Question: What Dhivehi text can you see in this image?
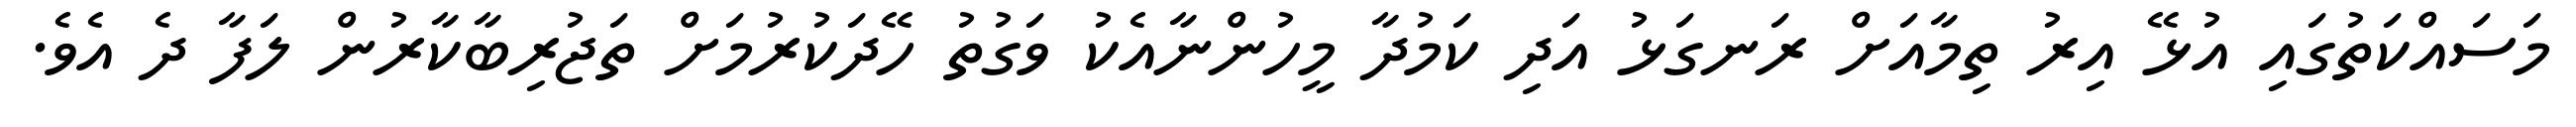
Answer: މަސައްކަތުގައި އުޅޭ އިރު ތިމާއަށް ރަނގަޅު އަދި ކަމުދާ މީހުންނާއެކު ވަގުތު ހޭދަކުރުމަށް ތަޖުރިބާކާރުން ލަފާ ދެ އެވެ.